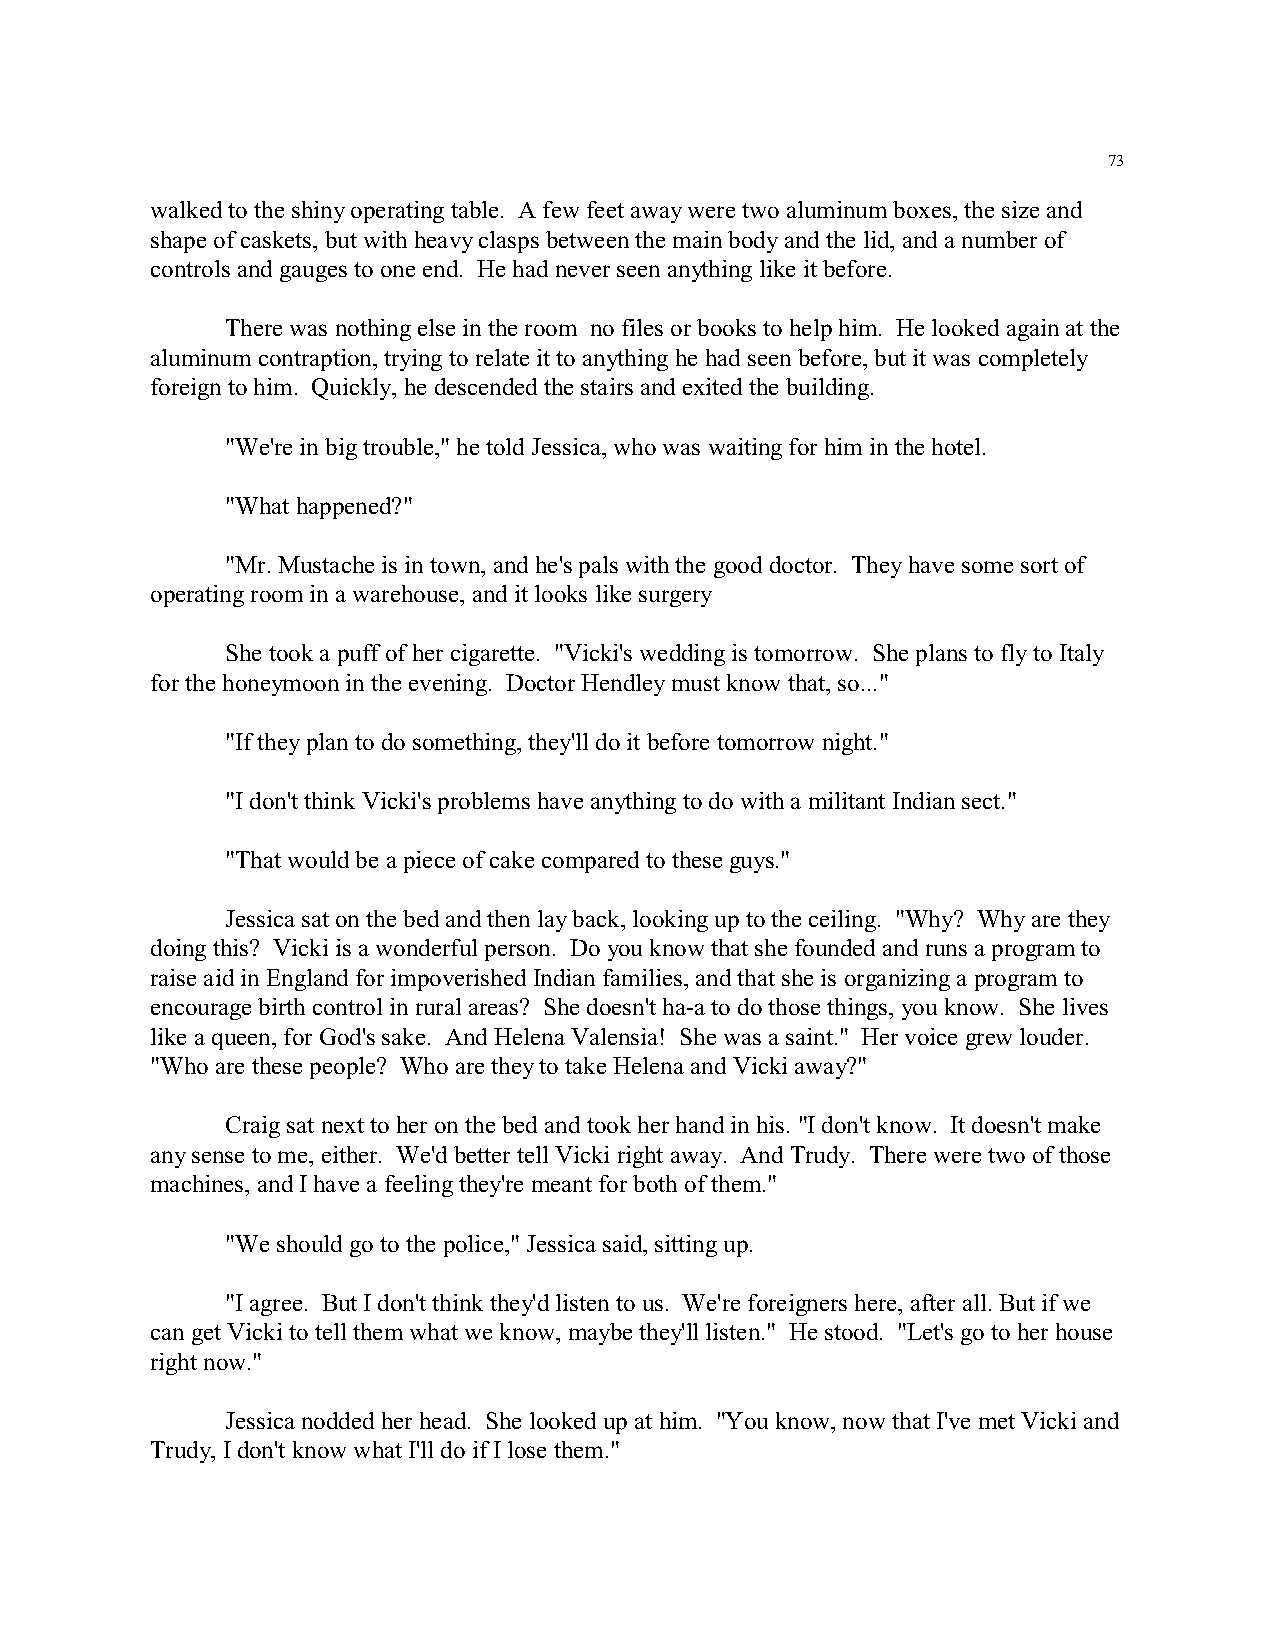
73
 walked to the shiny operating table. A few feet away were two aluminum boxes, the size and
 shape of caskets, but with heavy clasps between the main body and the lid, and a number of
 controls and gauges to one end. He had never seen anything like it before.
 There was nothing else in the room no files or books to help him. He looked again at the
 aluminum contraption, trying to relate it to anything he had seen before, but it was completely
 foreign to him. Quickly, he descended the stairs and exited the building.
 "We're in big trouble," he told Jessica, who was waiting for him in the hotel.
 "What happened?"
 "Mr. Mustache is in town, and he's pals with the good doctor. They have some sort of
 operating room in a warehouse, and it looks like surgery
 She took a puff of her cigarette. "Vicki's wedding is tomorrow. She plans to fly to Italy
 for the honeymoon in the evening. Doctor Hendley must know that, so..."
 "If they plan to do something, they'll do it before tomorrow night."
 "I don't think Vicki's problems have anything to do with a militant Indian sect."
 "That would be a piece of cake compared to these guys."
 Jessica sat on the bed and then lay back, looking up to the ceiling. "Why? Why are they
 doing this? Vicki is a wonderful person. Do you know that she founded and runs a program to
 raise aid in England for impoverished Indian families, and that she is organizing a program to
 encourage birth control in rural areas? She doesn't ha-a to do those things, you know. She lives
 like a queen, for God's sake. And Helena Valensia! She was a saint." Her voice grew louder.
 "Who are these people? Who are they to take Helena and Vicki away?"
 Craig sat next to her on the bed and took her hand in his. "I don't know. It doesn't make
 any sense to me, either. We'd better tell Vicki right away. And Trudy. There were two of those
 machines, and I have a feeling they're meant for both of them."
 "We should go to the police," Jessica said, sitting up.
 "I agree. But I don't think they'd listen to us. We're foreigners here, after all. But if we
 can get Vicki to tell them what we know, maybe they'll listen." He stood. "Let's go to her house
 right now."
 Jessica nodded her head. She looked up at him. "You know, now that I've met Vicki and
 Trudy, I don't know what I'll do if I lose them."